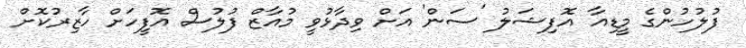
ފުލުހުންގެ މީޑިއާ އޮފިޝަލު 'ސަން' އަށް ވިދާޅުވީ މުއާޒް ފުލުސް އޮފީހަށް ހާޒިރުކޮށް